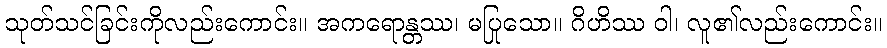
သုတ်သင်ခြင်းကိုလည်းကောင်း။ အကရောန္တဿ၊ မပြုသော။ ဂိဟိဿ ဝါ၊ လူ၏လည်းကောင်း။